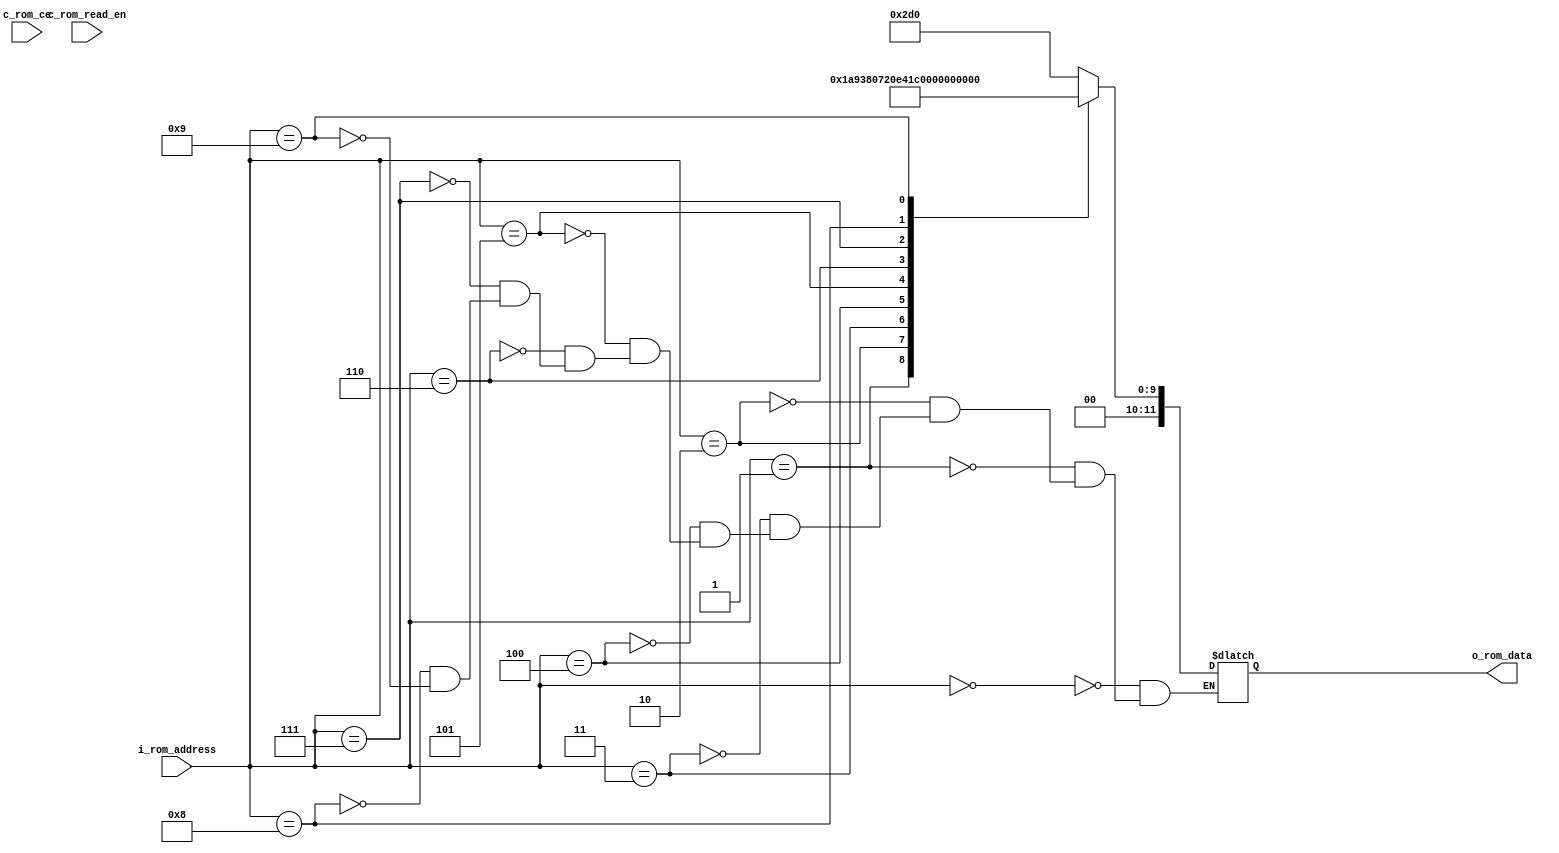
`timescale 1ns / 1ps
//////////////////////////////////////////////////////////////////////////////////
// Company: 
// Engineer: 
// 
// Design Name: 
// Module Name:    rom 
// Project Name: 
// Target Devices: 
// Tool versions: 
// Description: 
//
// Dependencies: 
//
// Revision: 
// Revision 0.01 - File Created
// Additional Comments: 
//
//////////////////////////////////////////////////////////////////////////////////
module audi_rom (
	i_rom_address , // Address input(input)
	o_rom_data ,    // Data output (output)
	c_rom_read_en , // Read Enable (control)
	c_rom_ce        // Chip Enable (control)
	);
	
	parameter M1 = 12;
	parameter M2 = 4;
	
	input [M2-1:0] i_rom_address;
	wire [M2-1:0] i_rom_address;
	
	input c_rom_read_en;
	wire c_rom_read_en;
	
	input c_rom_ce;
	wire c_rom_ce;
	
	output [M1-1:0] o_rom_data;
	wire [M1-1:0] o_rom_data;
	
	reg [M1-1:0] rom_mem_reg;
	
	assign o_rom_data = rom_mem_reg;
	
	always @ (c_rom_read_en or i_rom_address) begin 
		case(i_rom_address)
		  //7 bit representation of angles
			4'b0000: rom_mem_reg <= 12'b001011010000;   //45.0000
			4'b0001: rom_mem_reg <= 12'b000110101001;   //26.5651
			4'b0010: rom_mem_reg <= 12'b000011100000;   //14.0362
			4'b0011: rom_mem_reg <= 12'b000001110010;   //7.1250
			4'b0100: rom_mem_reg <= 12'b000000111001;   //3.5763
			4'b0101: rom_mem_reg <= 12'b000000011100;   //1.7899
			4'b0110: rom_mem_reg <= 12'b000000001110;   //0.8952
			4'b0111: rom_mem_reg <= 12'b000000000111;   //0.4476
			4'b1000: rom_mem_reg <= 12'b000000000011;   //0.2238
			4'b1001: rom_mem_reg <= 12'b000000000001;   //0.1119
		endcase 
	end
endmodule